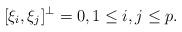
LaTeX: \begin{align*} [\xi_i,\xi_j]^\bot =0,1\le i,j\le p.\end{align*}